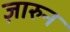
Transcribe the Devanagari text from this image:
ज़ारुन